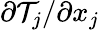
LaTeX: \partial\mathcal{T}_{j}/\partial x_{j}